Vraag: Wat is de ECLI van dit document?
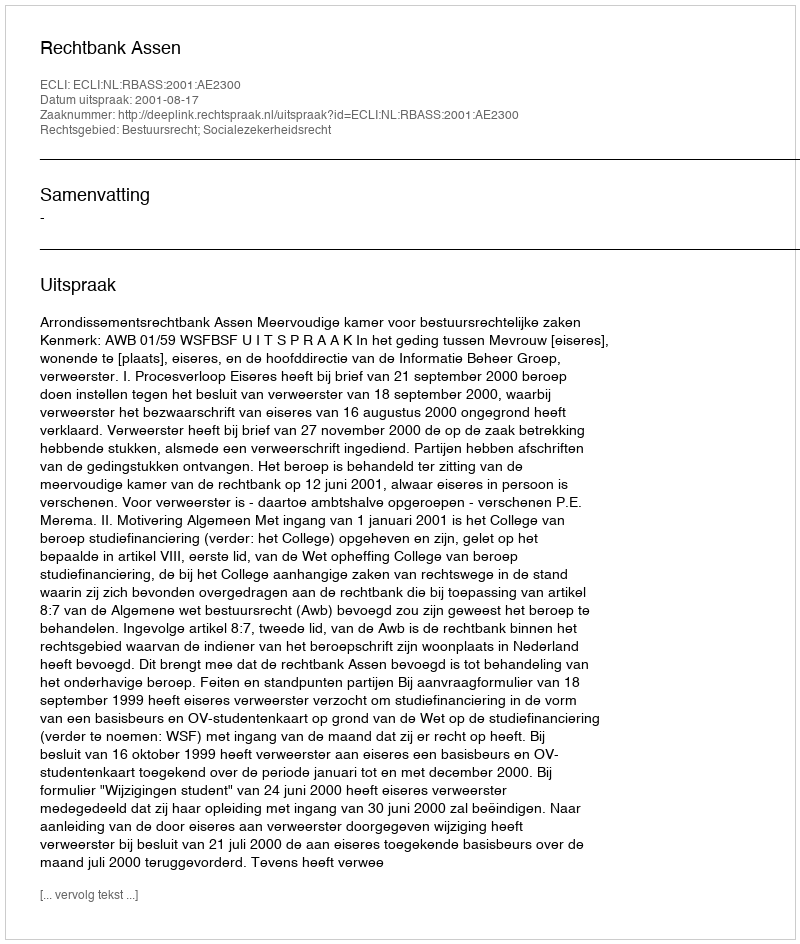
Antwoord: ECLI:NL:RBASS:2001:AE2300